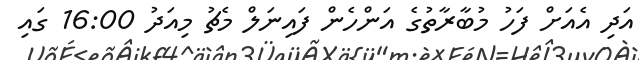
އަދި އެއަށް ފަހު މުބާރާތުގެ އަންހެން ފައިނަލް މެޗު މިއަދު 16:00 ގައި